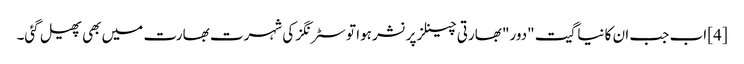
[4] اب جب ان کا نیا گیت "دور" بھارتی چینلز پر نشر ہوا تو سٹرنگز کی شہرت بھارت میں بھی پھیل گئی۔